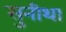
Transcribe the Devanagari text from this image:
सुनीथा